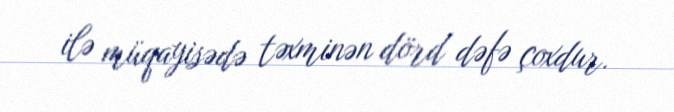
ilə müqayisədə təxminən dörd dəfə çoxdur.